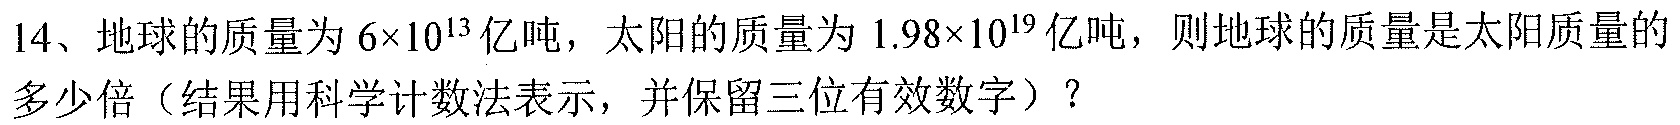
14、地球的质量为\(6\times10^{13}\)亿吨，太阳的质量为\(1.98\times10^{19}\)亿吨，则地球的质量是太阳质量的多少倍（结果用科学计数法表示，并保留三位有效数字）？